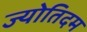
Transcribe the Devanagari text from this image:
ज्योतिदम